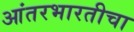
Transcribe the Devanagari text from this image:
आंतरभारतीचा